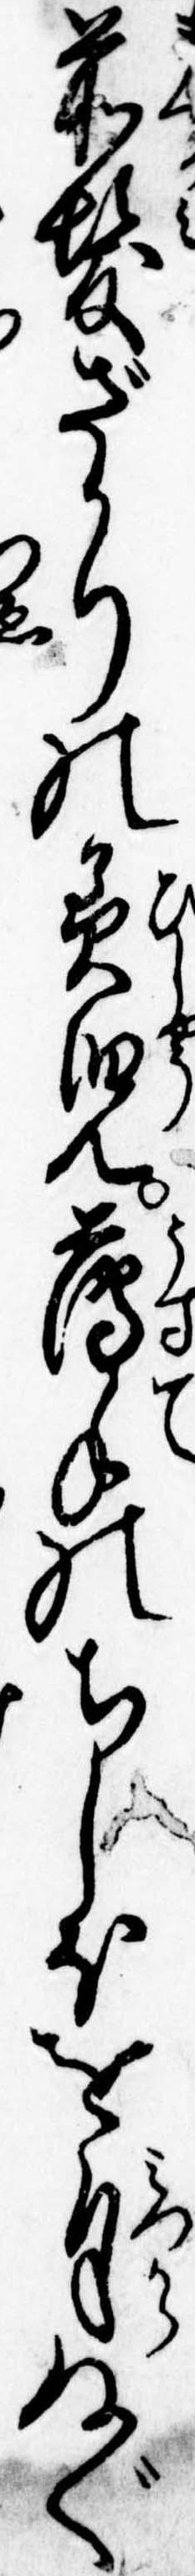
前髪ざかりの美児薄手のちしほを自ぬぐ